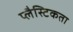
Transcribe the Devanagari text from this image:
प्लैस्टिकता